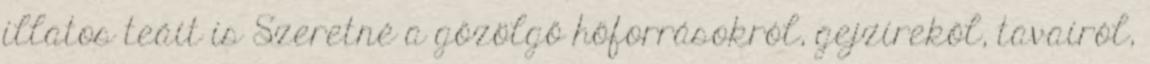
illatos teáit is Szeretné a gőzölgő hőforrásokról, gejzírekől, tavairól,